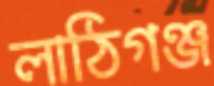
লাঠিগঞ্জ